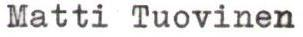
Matti Tuovinen